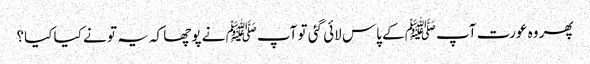
پھر وہ عورت آپﷺ کے پاس لائی گئی تو آپﷺ نے پوچھا کہ یہ تو نے کیا کیا؟